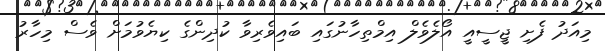
މިއަދު ފެށި ޖީސީއީ އޯލެވެލް އިމްތިހާނުގައި ބައިވެރިވާ ކުދިންގެ ކިޔެވުމަށް ވެސް މިހާރު